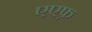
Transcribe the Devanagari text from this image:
एएफ़